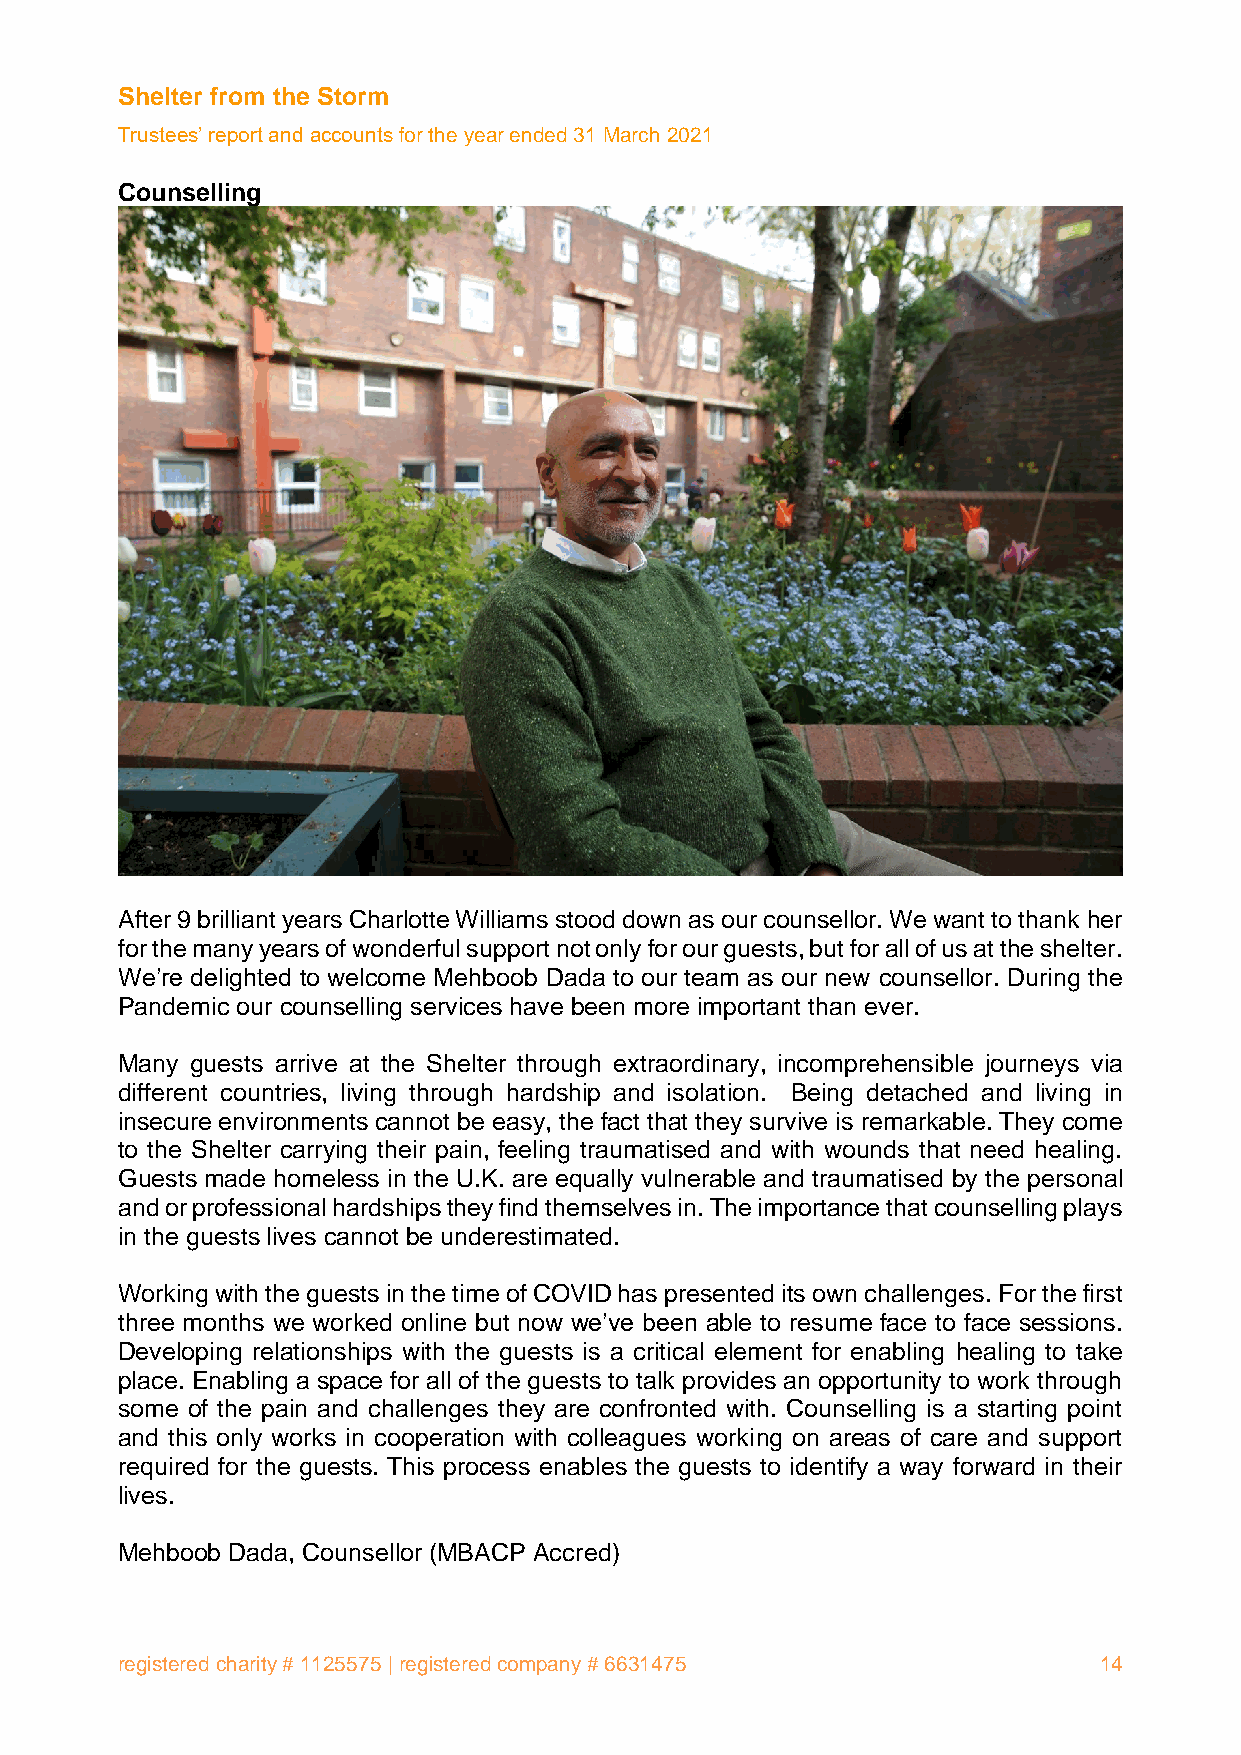
Shelter from the Storm
 Trustees’ report and accounts for the year ended 31 March 2021
 Counselling
 After 9 brilliant years Charlotte Williams stood down as our counsellor. We want to thank her
 for the many years of wonderful support not only for our guests, but for all of us at the shelter.
 We’re delighted to welcome Mehboob Dada to our team as our new counsellor. During the
 Pandemic our counselling services have been more important than ever.
 Many guests arrive at the Shelter through extraordinary, incomprehensible journeys via
 different countries, living through hardship and isolation. Being detached and living in
 insecure environments cannot be easy, the fact that they survive is remarkable. They come
 to the Shelter carrying their pain, feeling traumatised and with wounds that need healing.
 Guests made homeless in the U.K. are equally vulnerable and traumatised by the personal
 and or professional hardships they find themselves in. The importance that counselling plays
 in the guests lives cannot be underestimated.
 Working with the guests in the time of COVID has presented its own challenges. For the first
 three months we worked online but now we’ve been able to resume face to face sessions.
 Developing relationships with the guests is a critical element for enabling healing to take
 place. Enabling a space for all of the guests to talk provides an opportunity to work through
 some of the pain and challenges they are confronted with. Counselling is a starting point
 and this only works in cooperation with colleagues working on areas of care and support
 required for the guests. This process enables the guests to identify a way forward in their
 lives.
 Mehboob Dada, Counsellor (MBACP Accred)
 registered charity # 1125575 | registered company # 6631475      14